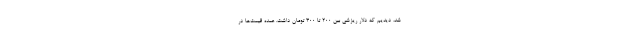
شد،‌ دیدیم که دلار ریزشی بین 200 تا 300 تومان داشت. عمده قیمت‌ها در